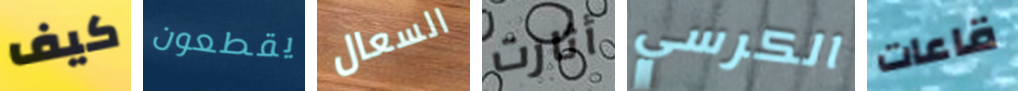
كيف يقطعون السعال أثارت الكرسي قاعات